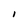
Character: I